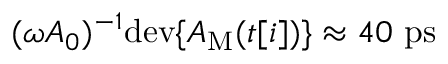
( \omega A _ { 0 } ) ^ { - 1 } \mathrm { d e v } \{ A _ { \mathrm { M } } ( t [ i ] ) \} \approx 4 0 ~ \mathrm { p s }